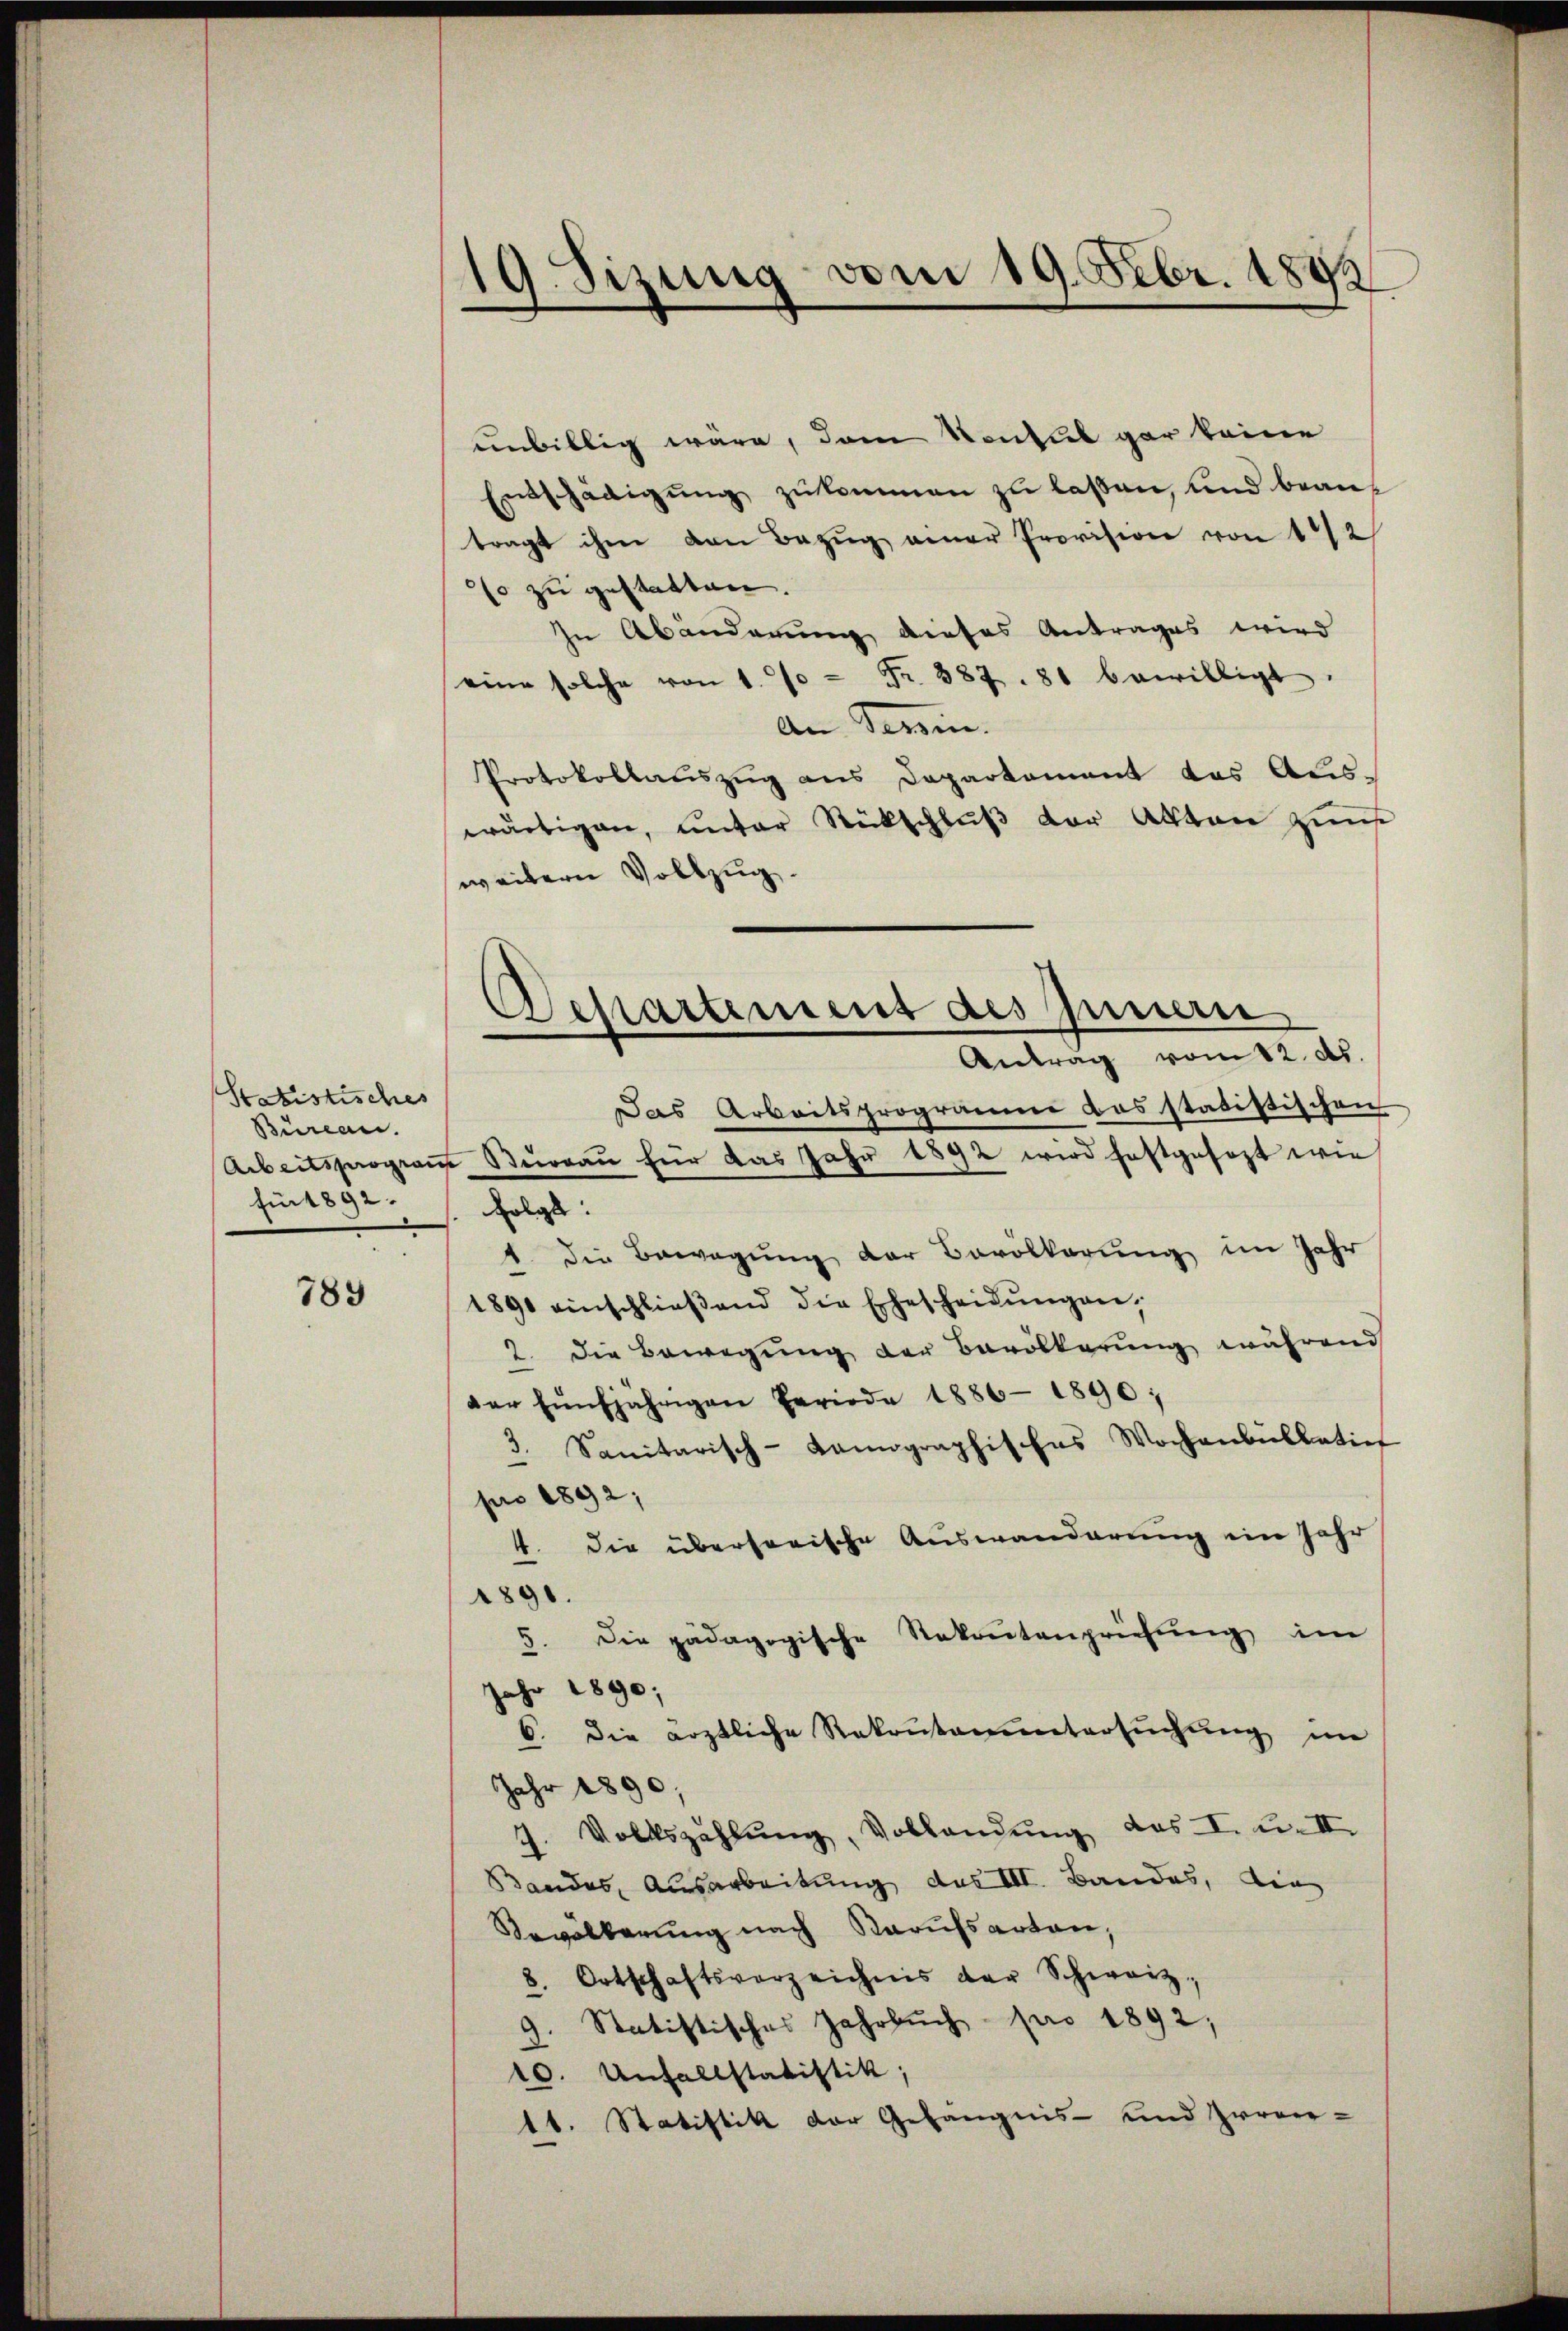
Statistisches
Büreau.
für 1892.

789

unbillig wäre, dann konsul gar keine
Entschädigŭng zŭkommen zu laßen, und beantragt ihm von Bezŭg einer Provision von 1/2
o zu gestatten.
In Abänderung dieses Antrages wird
eine solche von 1. 70 = Fr. 387. 81 bewilligt.
An Verein.
Protokollauszug aus Departement das Aus-
wärtigen, unter Rückschluß der Akten Zunf
weitern Vollzug.
Das Arbeitsprogramme das statistischen
Arbeitsprograu Bureau für das Jahr 1892 wird festgesezt wie
folgt:
1. die Bewegung der Bevölkerung im Jahr
1890 einschlieβend die Ehescheidŭngen,
2. Die Bewegung der Bevölkerung während
der fünfjährigen Periode 1886-1890;
3. Sanitarisch-Kamographisches Wochenbullatier
pro 1892,
4. die übersorische Auswanderung im Jahr
1890.
5. Die pädagogische Rekontenprüfŭng im
Jahr 1890;
6. die ärztliche Rekontanŭntersŭchŭng im
Jahr 1890;
7. Volkszahlŭng, Vollandŭng das I. u. II.
Bandes, Ausarbeitung des III. Bandes, die
Bevölkerung nach Karufsarten,
8. Ortschaftsverzeichnis der Schweiz,
9. Statistisches Jahrbuch pro 1892,
10. Unfallstatistik,
11. Statistik der Gefängnis- und Zween-

Sizung vom 19. Febr. 1882
1
2

Departement des Innern
Antrag vom 12. ds.